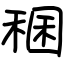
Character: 稛